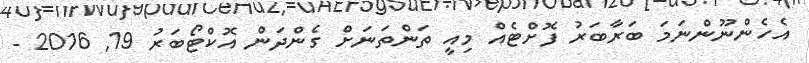
އެހެންނޫންނަމަ ބަރާބަރު ފޮށްޓެއް މިއީ ތަންތަނަށް ގެންދަން އޮކްޓޯބަރު 19